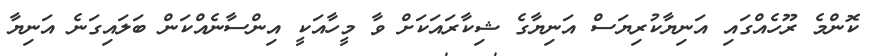
ކޮންމެ ރޫހެއްގައި އަނިޔާކުރިޔަސް އަނިޔާގެ ޝިކާރައަކަށް ވާ މީހާއަކީ އިންސާނެއްކަން ބަލައިގަނެ އަނިޔާ